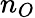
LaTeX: n_{O}